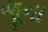
જૂના